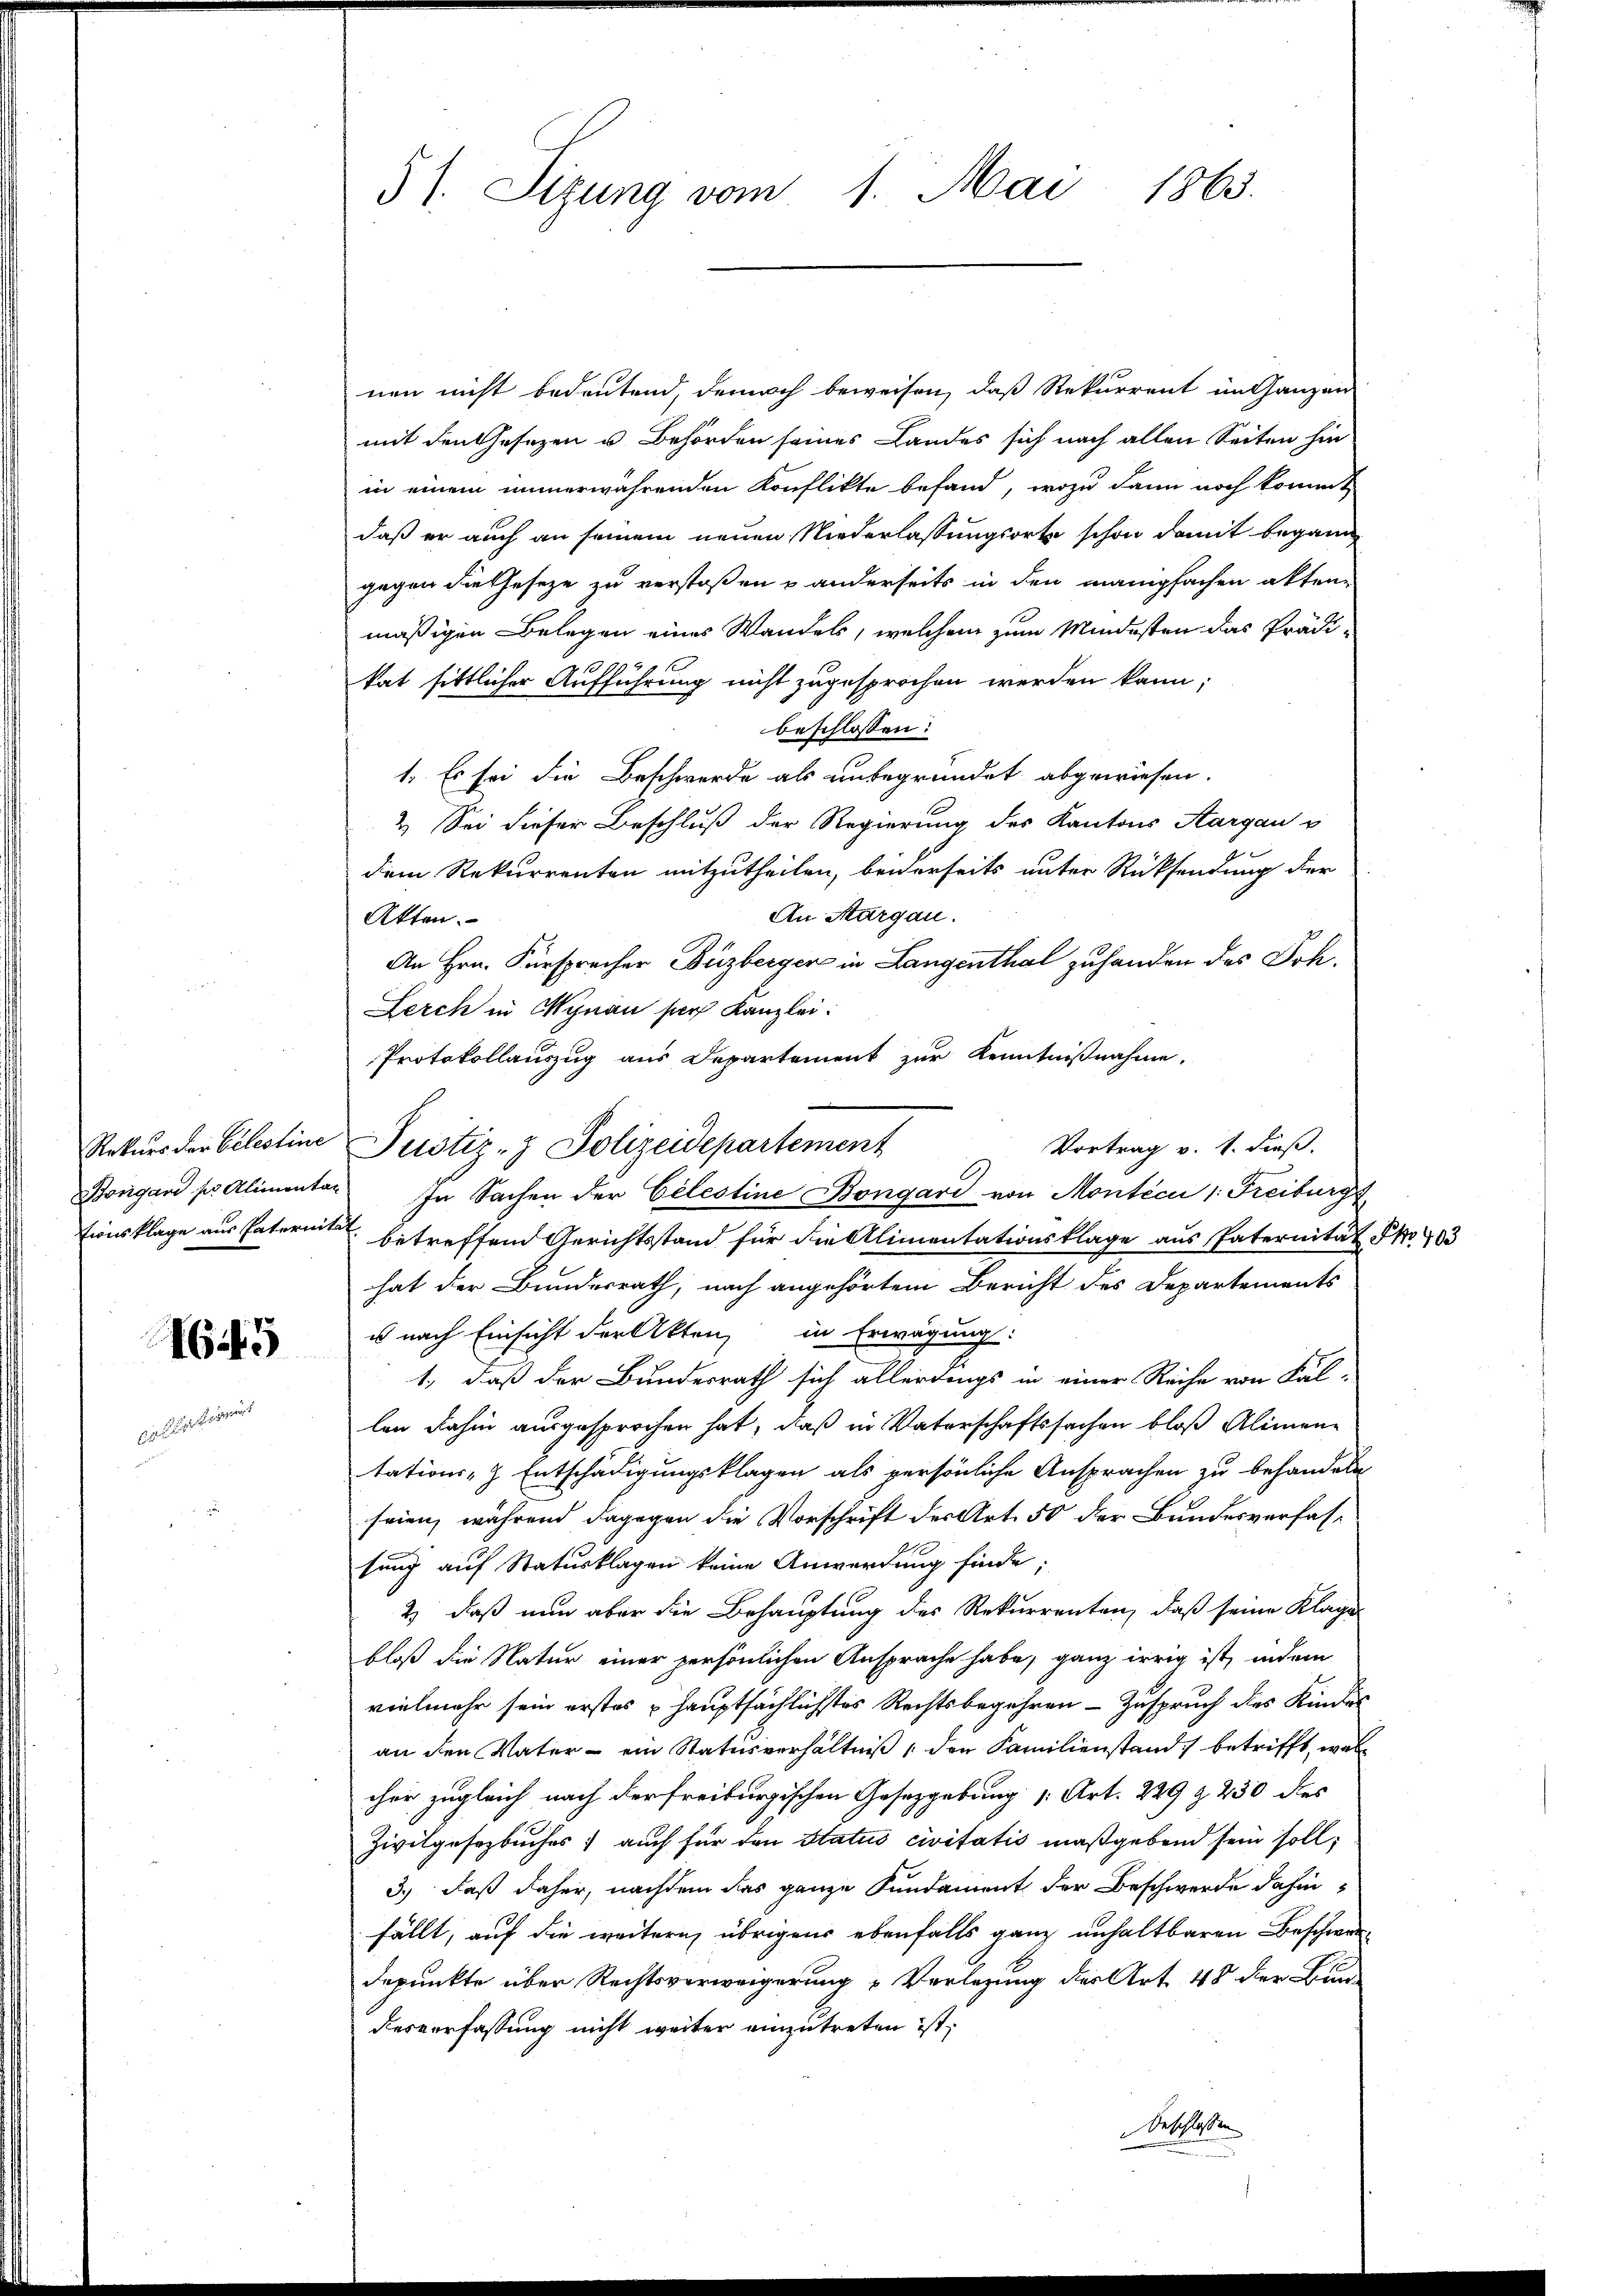
Rekurs der Celestine
Böngan zur Alimentan
tionsklage aus Paternita

645

51. Sizung vom 1. Mai 1863.

nen nicht bedeutend, denoch beweisen, daß Rekurrent im Ganzen
mit den Gesezen u. Behörden seines Landes sich nach allen Seiten hin
in einem immerwährenden Konflikte befand, wozu dann noch kommt
daß er auch an seinem neuen Niederlassungsorte schon damit begann
gegen die Geseze zu verstoßen u anderseits in den manigfachen akten-
mäßigen Belegen eines Wandels, welchem zum Mindesten das Prädi-
kat sittlicher Aufführung nicht zugesprochen werden kann;
beschlossen:
1. Es sei die Beschwerde als unbegründet abgewiesen.
2. Sei dieser Beschluß der Regierung des Kantons Aargau v
dem Rekurrenten mitzutheilen, beiderseits unter Rücksendung der
An Margau.
Akten.
An Hrn. Fürsprecher Buzberger in Langenthal zuhanden des Joh.
Lerch in Wynau par Kanzlei:
Protokollauszug aus Departement zur Kenntnißnahme.
In Sachen der Celestine Bongari von Monticu 1. Freiburgs
. betreffend Gerichtsstand für die Alimentationsklage aus Paternität No 103
hat der Bundesrath, nach angehörtem Bericht des Departements
u nach Einsicht der Akten, in Erwägung
1., daß der Bundesrath sich allerdings in einer Reihe von Fal-
len dahin ausgesprochen hat, daß in Vaterschaftssachen bloß Alimentations- Entschädigungsklagen als persönliche Ansprachen zu behandeln
seien, während dagegen die Vorschrift der Art. 50 der Bundesverfassung auf Naturklagen keine Anwerdung finde;
2) daß nun aber die Behauptung des Rekurrenten, daß seine Klage
bloß die Natur einer persönlichen Ansprache habe, ganz irrig ist, indem
vielmehr sein erstes hauptsächlichstes Rechtsbegehren – Zuspruch des Kindes
an den Vater - ein Statusverhältniß den Familienstand betrifft, was
cher zugleich nach der freiburgischen Gesetzgebung Art. 229 § 230 des
Zivilgesetzbuches auch für den Status civitatis maßgebend sein soll,
3.) Daß daher, nachdem das ganze Fundament der Beschwerde dahin,
fällt, auf die weitern übrigens ebenfalls ganz unhaltbaren Beschwer-
depunkte über Rechtsverweigerung „Verlegung der Art. 48 der Bun-
desverfassung nicht weiter einzutreten ist,
Geschlossen

Vortrag v. 1. dieß.
Justiz- & Polizeidepartement